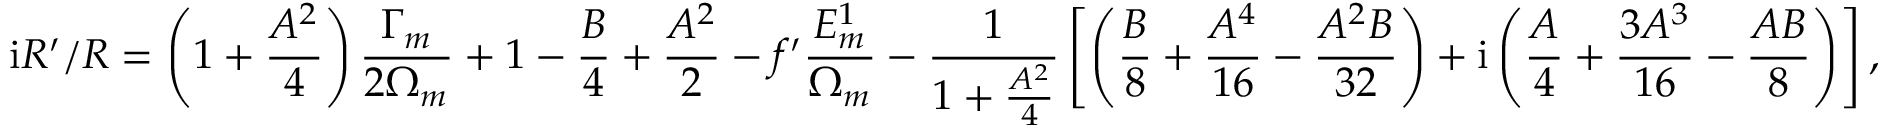
\mathrm { i } R ^ { \prime } / R = \left( 1 + \frac { A ^ { 2 } } { 4 } \right) \frac { \Gamma _ { m } } { 2 \Omega _ { m } } + 1 - \frac { B } { 4 } + \frac { A ^ { 2 } } { 2 } - f ^ { \prime } \frac { E _ { m } ^ { 1 } } { \Omega _ { m } } - \frac { 1 } { 1 + \frac { A ^ { 2 } } { 4 } } \left[ \left( \frac { B } { 8 } + \frac { A ^ { 4 } } { 1 6 } - \frac { A ^ { 2 } B } { 3 2 } \right) + \mathrm { i } \left( \frac { A } { 4 } + \frac { 3 A ^ { 3 } } { 1 6 } - \frac { A B } { 8 } \right) \right] ,